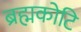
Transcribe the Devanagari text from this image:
ब्रह्मकोटि